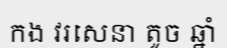
កង វរសេនា តូច ឆ្នាំ